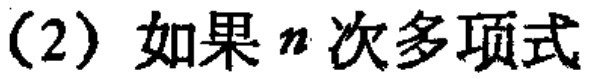
（2）如果\(n\)次多项式